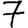
Digit: 7